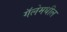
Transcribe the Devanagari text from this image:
गॅलेमधील